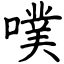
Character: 噗